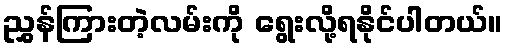
ညွှန်ကြားတဲ့လမ်းကို ရွေးလို့ရနိုင်ပါတယ်။